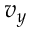
v _ { y }